Report of the veterinary officer investigating camel disease
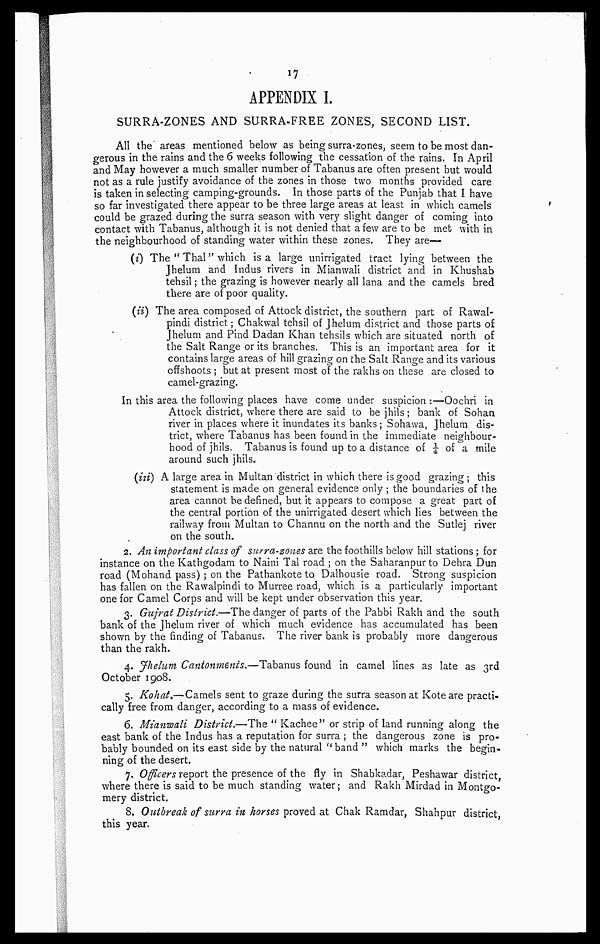
17
APPENDIX I.
SURRA-ZONES AND SURRA-FREE ZONES, SECOND LIST.
All the areas mentioned below as being surra-zones, seem to be most dan-
gerous in the rains and the 6 weeks following the cessation of the rains. In April
and May however a much smaller number of Tabanus are often present but would
not as a rule justify avoidance of the zones in those two months provided care
is taken in selecting camping-grounds. In those parts of the Punjab that I have
so far investigated there appear to be three large areas at least in which camels
could be grazed during the surra season with very slight danger of coming into
contact with Tabanus, although it is not denied that a few are to be met with in
the neighbourhood of standing water within these zones. They are—
(i) The " Thal" which is a large unirrigated tract lying between the
Jhelum and Indus rivers in Mianwali district and in Khushab
tehsil; the grazing is however nearly all lana and the camels bred
there are of poor quality.
(ii) The area composed of Attock district, the southern part of Rawal-
pindi district ; Chakwal tehsil of Jhelum district and those parts of
Jhelum and Pind Dadan Khan tehsils which are situated north of
the Salt Range or its branches. This is an important area for it
contains large areas of hill grazing on the Salt Range and its various
offshoots ; but at present most of the rakhs on these are closed to
camel-grazing.
In this area the following places have come under suspicion :—Oochri in
Attock district, where there are said to be jhils; bank of Sohan
river in places where it inundates its banks; Sohawa, Jhelum dis-
trict, where Tabanus has been found in the immediate neighbour-
hood of jhils. Tabanus is found up to a distance of 1/4 of a mile
around such jhils.
(iii) A large area in Multan district in which there is good grazing ; this
statement is made on general evidence only ; the boundaries of the
area cannot be defined, but it appears to compose a great part of
the central portion of the unirrigated desert which lies between the
railway from Multan to Channu on the north and the Sutlej river
on the south.
2. An important class of surra-zones are. the foothills below hill stations; for
instance on the Kathgodam to Nairn Tal road ; on the Saharanpur to Dehra Dun
road (Mohand pass) ; on the Pathankote to Dalhousie road. Strong suspicion
has fallen on the Rawalpindi to Murree road, which is a particularly important
one for Camel Corps and will be kept under observation this year.
3. Gujrat District.—The danger of parts of the Pabbi Rakh and the south
bank of the Jhelum river of which much evidence has accumulated has been
shown by the finding of Tabanus. The river bank is probably more dangerous
than the rakh.
4. Jhelum Cantonments.—Tabanus found in camel lines as late as 3rd
October 1908.
5. Kohat.—Camels sent to graze during the surra season at Kote are practi-
cally free from danger, according to a mass of evidence.
6. Mianwali District.—The " Kachee" or strip of land running along the
east bank of the Indus has a reputation for surra ; the dangerous zone is pro-
bably bounded on its east side by the natural "band " which marks the begin-
ning of the desert.
7. Officers report the presence of the fly in Shabkadar, Peshawar district,
where there is said to be much standing water; and Rakh Mirdad in Montgo-
mery district.
8. Outbreak of surra in horses proved at Chak Ramdar, Shahpur district
this year.